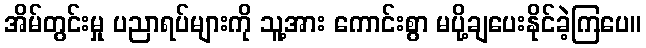
အိမ်တွင်းမှု ပညာရပ်များကို သူ့အား ကောင်းစွာ မပို့ချပေးနိုင်ခဲ့ကြပေ။